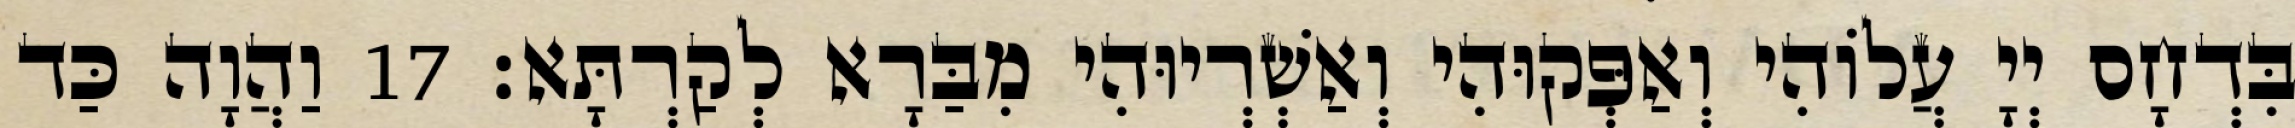
בִּדְחָס יְיָ עֲלוֹהִי וְאַפְּקוּהִי וְאַשְׁרְיוּהִי מִבַּרָא לְקַרְתָּא׃ 17 וַהֲוָה כַּד